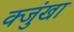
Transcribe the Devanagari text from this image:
क्जुंखा